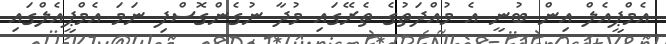
އެމްޕީއެލް އިން ބުނީ އެ މުއްދަތުގެ ތެރޭގައި މުދާ ނުގެންގޮސްފި ނަމަ އެމްޕީއެލްގައި